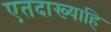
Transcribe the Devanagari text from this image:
एतदाख्याहि